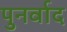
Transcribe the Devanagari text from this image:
पुनर्वाद